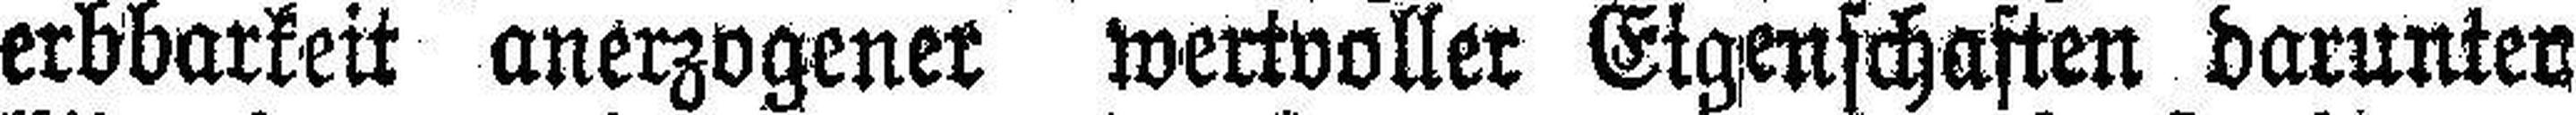
erbbarkeit anerzogener wertvoller Eigenschaften darunter